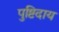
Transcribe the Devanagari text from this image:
पुष्टिदाय